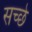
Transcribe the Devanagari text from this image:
सच्छे